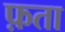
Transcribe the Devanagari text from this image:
फ़ता